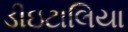
ડીઇટાલિયા